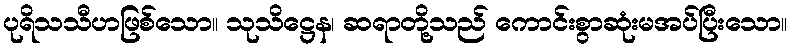
ပုရိသသီဟဖြစ်သော။ သုသိဋ္ဌေန၊ ဆရာတို့သည် ကောင်းစွာဆုံးမအပ်ပြီးသော။